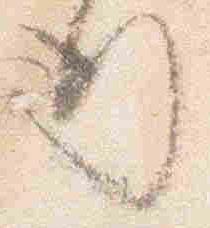
行